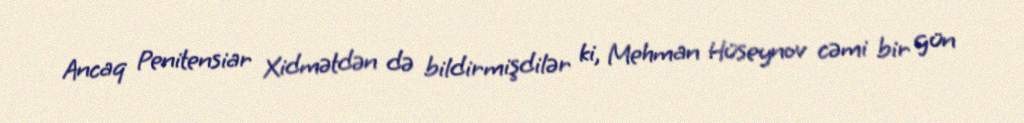
Ancaq Penitensiar Xidmətdən də bildirmişdilər ki, Mehman Hüseynov cəmi bir gün